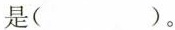
是()。